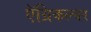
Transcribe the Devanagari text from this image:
ऍग्रिकल्चर